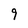
Character: 9